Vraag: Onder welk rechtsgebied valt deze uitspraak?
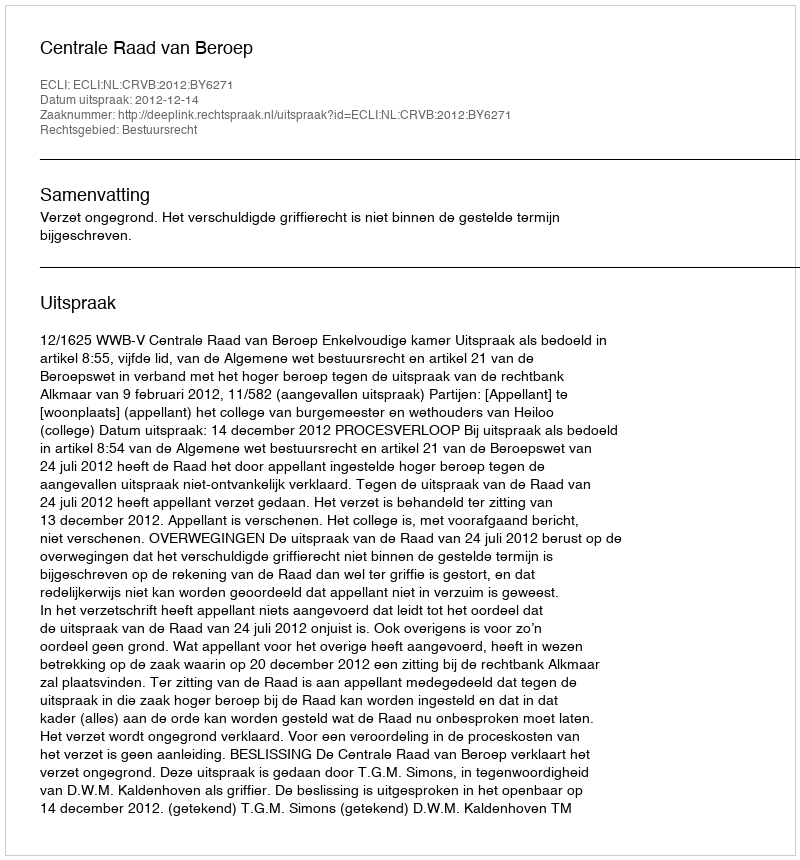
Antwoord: Bestuursrecht